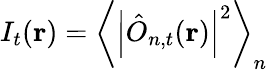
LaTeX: I_{t}(\mathbf{r})=\left\langle\left|\hat{O}_{n,t}(\mathbf{r})\right|^{2}\right\rangle_{n}